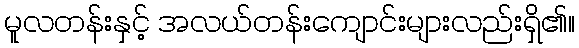
မူလတန်းနှင့် အလယ်တန်းကျောင်းများလည်းရှိ၏။